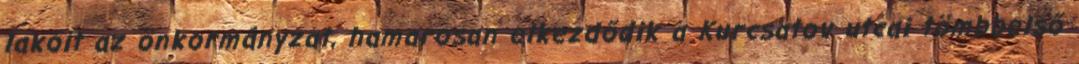
lakóit az önkormányzat, hamarosan elkezdődik a Kurcsatov utcai tömbbelső